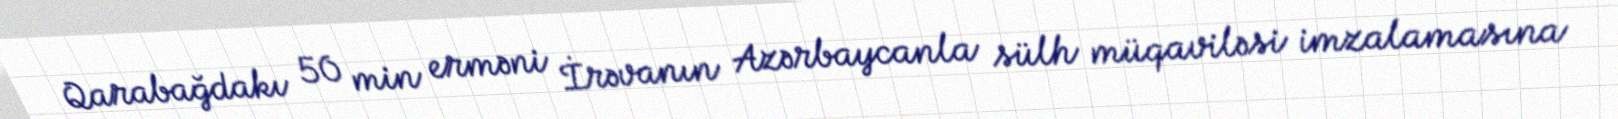
Qarabağdakı 50 min erməni İrəvanın Azərbaycanla sülh müqaviləsi imzalamasına